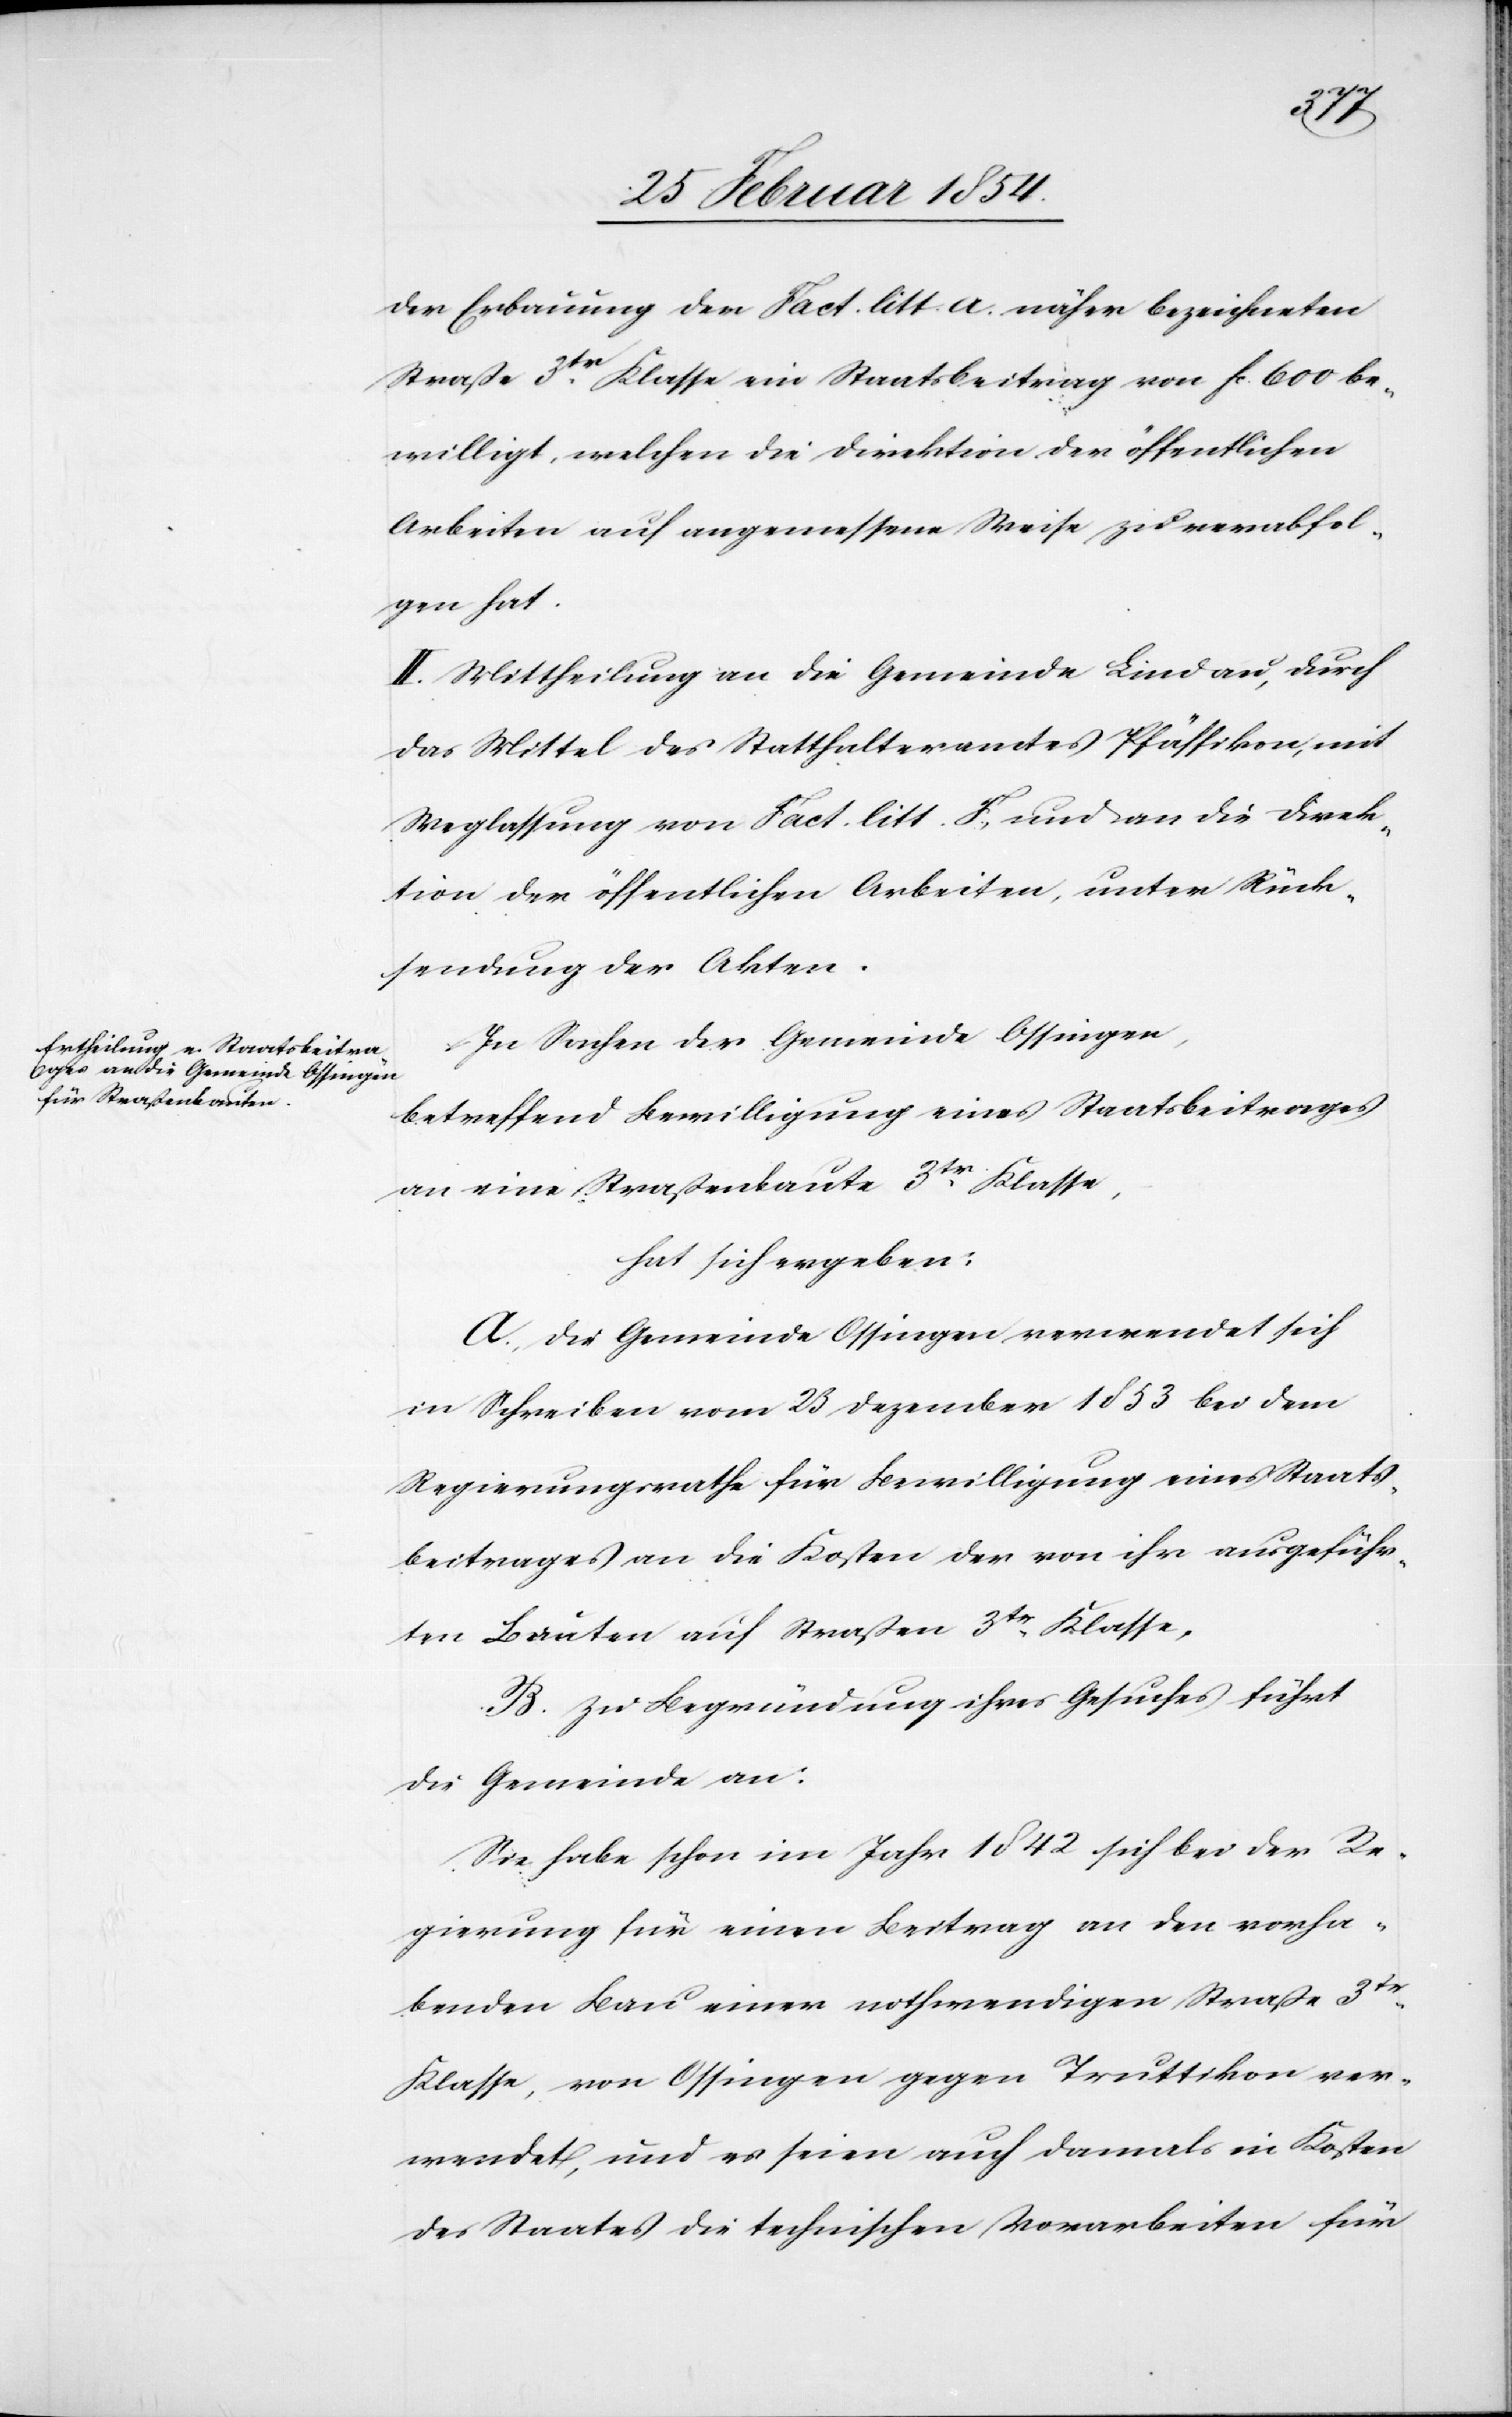
der Erbauung der Fact. litt. A. näher bezeichneten
Straße 3tr Klasse ein Staatsbeitrag von Fc 600 be¬
willigt, welchen die Direktion der öffentlichen
Arbeiten auf angemessene Weise zu verabfol¬
gen hat.
II. Mittheilung an die Gemeinde Lindau, durch
das Mittel des Statthalteramtes Pfäffikon, mit
Weglassung von Fact. litt. F., und an die Direk¬
tion der öffentlichen Arbeiten, unter Rück¬
sendung der Akten.
In Sachen der Gemeinde Ossingen,
betreffend Bewilligung eines Staatsbeitrages
an eine Straßenbaute 3tr Klasse,
hat sich ergeben:
A. Die Gemeinde Ossingen verwendet sich
[sic!] Schreiben vom 23 Dezember 1853 bei dem
Regierungsrathe für Bewilligung eines Staats¬
beitrages an die Kosten der von ihr ausgeführ¬
ten Bauten auf Straßen 3tr Klasse,
B. Zu Begründung ihres Gesuches führt
die Gemeinde an:
Sie habe schon im Jahr 1842 sich bei der Re¬
gierung für einen Beitrag an den vorha¬
benden Bau einer nothwendigen Straße 3tr
Klasse, von Ossingen gegen Truttikon ver¬
wendet, und es seien auch damals in Kosten
des Staates die technischen Vorarbeiten für